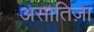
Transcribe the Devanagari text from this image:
असातिज़ा